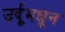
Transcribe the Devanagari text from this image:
उर्दूमधून